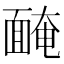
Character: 𩈯